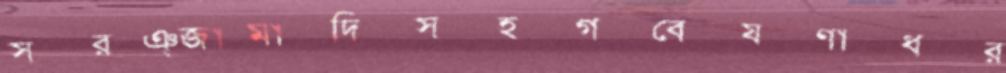
সরঞ্জামাদিসহগবেষণাধর